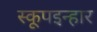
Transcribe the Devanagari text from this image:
स्कूपइन्हार